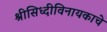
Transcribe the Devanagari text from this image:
श्रीसिध्दीविनायकाचे